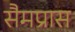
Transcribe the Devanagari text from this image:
सैमप्रास